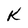
Character: K